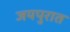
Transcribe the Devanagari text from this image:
जयपुरात